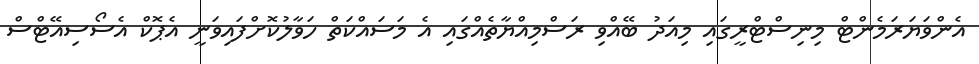
އެންވަޔަރަމެންޓް މިނިސްޓްރީގައި މިއަދު ބޭއްވި ރަސްމިއްޔާތެއްގައި އެ މަސައްކަތް ހަވާލުކޮށްފައިވަނީ އެޕޮކް އެސޯސިއޭޓްސް